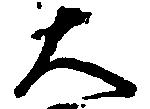
大